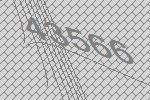
43566